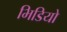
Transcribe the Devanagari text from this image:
भिडियो